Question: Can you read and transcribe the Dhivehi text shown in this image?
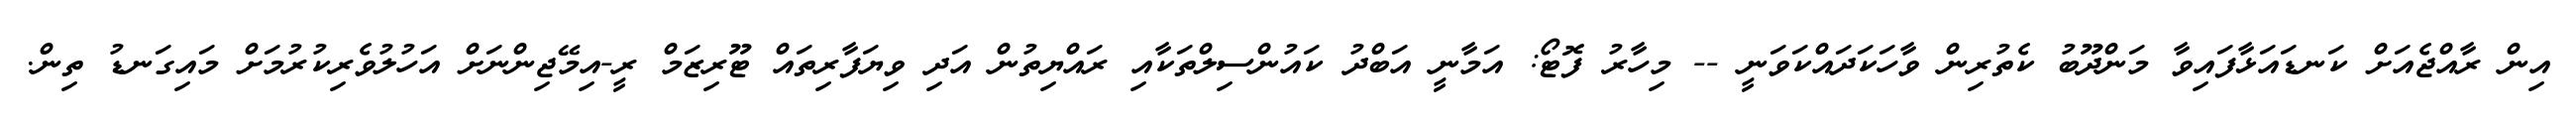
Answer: އިން ރާއްޖެއަށް ކަނޑައަޅާފައިވާ މަންދޫބު ކެތުރިން ވާހަކަދައްކަވަނީ -- މިހާރު ފޮޓޯ: އަމާނީ އަބްދު ކައުންސިލްތަކާއި ރައްޔިތުން އަދި ވިޔަފާރިތައް ޓޫރިޒަމް ރީ-އިމޭޖިންނަށް އަހުލުވެރިކުރުމަށް މައިގަނޑު ތިން.